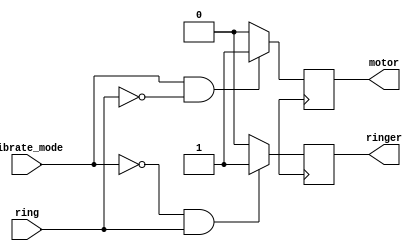
module top_module (
    input ring,
    input vibrate_mode,
    output ringer,       // Make sound
    output motor         // Vibrate
);

    // The motor is on when the phone is in vibrate mode and the ring is not active.
    always @(posedge clk) begin
        if (vibrate_mode && !ring) begin
            motor <= 1;
        end else begin
            motor <= 0;
        end
    end

    // The ringer is on when the phone is not in vibrate mode and the ring is active.
    always @(posedge clk) begin
        if (!vibrate_mode && ring) begin
            ringer <= 1;
        end else begin
            ringer <= 0;
        end
    end

endmodule